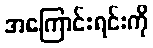
အကြောင်းရင်းကို